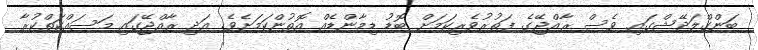
ބަންގްލަދޭޝްގައި ވެސް ރާއްޖޭގެ ފަތުރުވެރިކަމަށް ބޮޑު ޑިމާންޑެއް އޮތުންކަމަށެވެ. އަދި ރާއްޖޭގައި މަސައްކަތްކުރާ